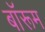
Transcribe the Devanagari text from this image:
बॉरूम